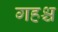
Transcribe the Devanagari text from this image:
गहश्च